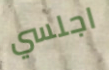
اجلسي